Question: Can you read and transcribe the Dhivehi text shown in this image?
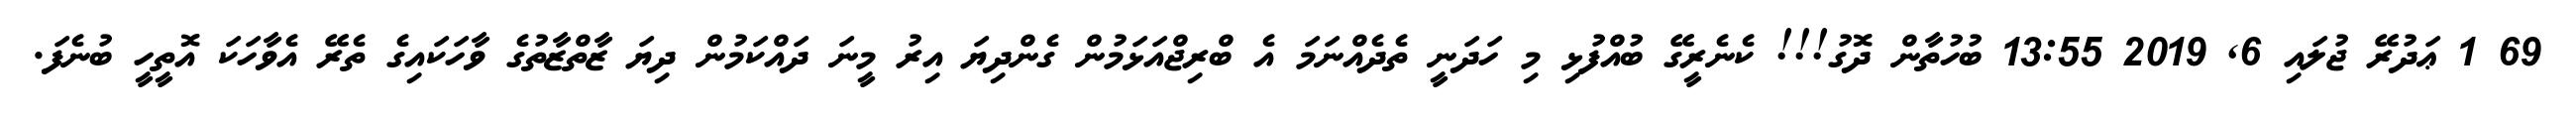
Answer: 69 1 ޢަދުރޭ ޖުލައި 6, 2019 13:55 ބުހުތާން ދޮގު!!! ކެނެރީގޭ ބުއްފުޅި މި ހަދަނީ ތެދެއްނަމަ އެ ބްރިޖްއަޅަމުން ގެންދިޔަ އިރު މީނަ ދައްކަމުން ދިޔަ ޒާތްޒާތުގެ ވާހަކައިގެ ތެރޭ އެވާހަކަ އޮތީހީ ބުނެފަ.